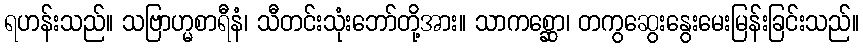
ရဟန်းသည်။ သဗြာဟ္မစာရီနံ၊ သီတင်းသုံးဘော်တို့အား။ သာကစ္ဆော၊ တကွဆွေးနွေးမေးမြန်းခြင်းသည်။